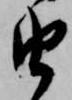
由